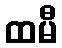
ထမီ